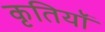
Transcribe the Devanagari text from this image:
कृतियॉं